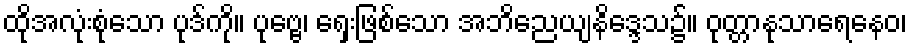
ထိုအလုံးစုံသော ပုဒ်ကို။ ပုဗ္ဗေ၊ ရှေးဖြစ်သော အဘိညေယျနိဒ္ဒေသ၌။ ဝုတ္တာနုသာရေနေဝ၊